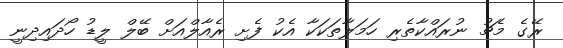
ރޭގެ މެޗު ނުރައްކާތެރި ހަމަލާތަކަކާ އެކު ފެށި ރެއާލްއަށް ބޭލް ލީޑު ހޯދައިދިނީ